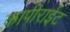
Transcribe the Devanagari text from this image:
कापीराईट